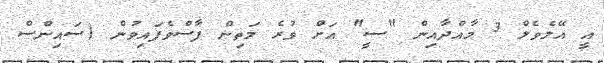
އީ އޭލެވެލް 3 މާއްދާއިން "ސީ" އަށް ވުރެ މަތިން ފާސްވެފައިވުން (ސައިންސް